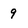
Character: 9